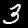
Label: 3